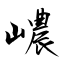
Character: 嶩